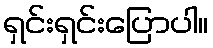
ရှင်းရှင်းပြောပါ။